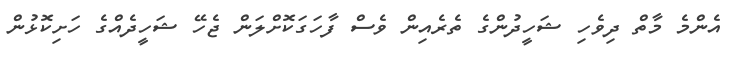
އެންމެ މާތް ދިވެހި ޝަހީދުންގެ ތެރެއިން ވެސް ފާހަގަކޮށްލަން ޖެހޭ ޝަހީދެއްގެ ހަށިކޮޅުން